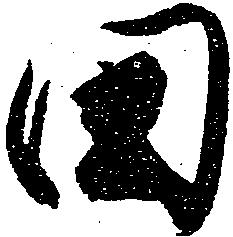
田